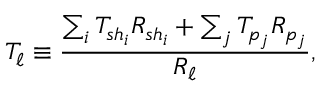
T _ { \ell } \equiv \frac { \sum _ { i } T _ { s h _ { i } } R _ { s h _ { i } } + \sum _ { j } T _ { p _ { j } } R _ { p _ { j } } } { R _ { \ell } } ,